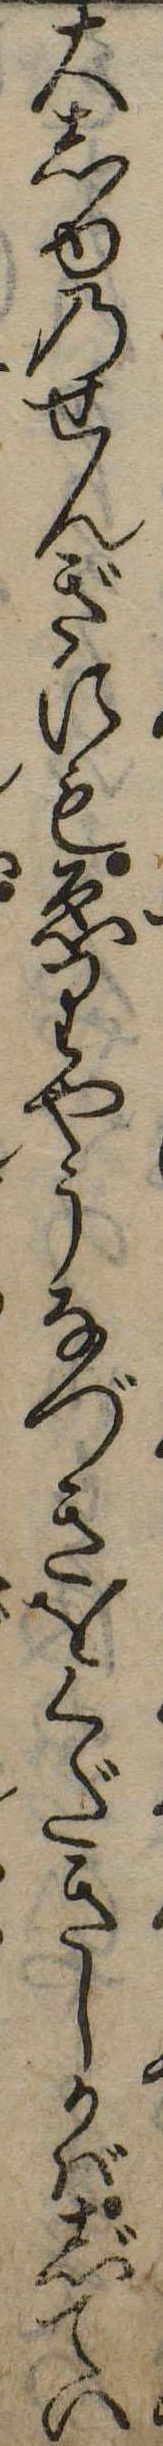
大しゆのせんぎにもゑりやうなづきをくだきしかばじてい